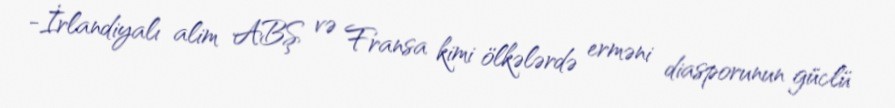
-İrlandiyalı alim ABŞ və Fransa kimi ölkələrdə erməni diasporunun güclü